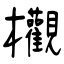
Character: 欟